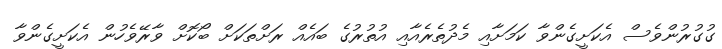
ގުގުރުންވެސް އެކަށީގެންވާ ކަމަށާއި މެދުތެރެއާއި އުތުރުގެ ބައެއް ރަށްތަކަށް ބޯކޮށް ވާރޭވެހުން އެކަށީގެންވާ